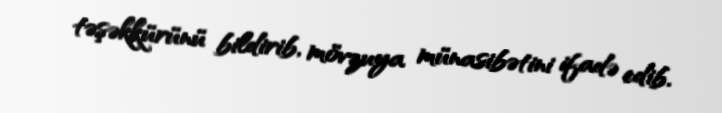
təşəkkürünü bildirib, mövzuya münasibətini ifadə edib.